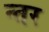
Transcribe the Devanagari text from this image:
न्तर